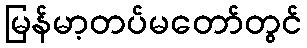
မြန်မာ့တပ်မတော်တွင်